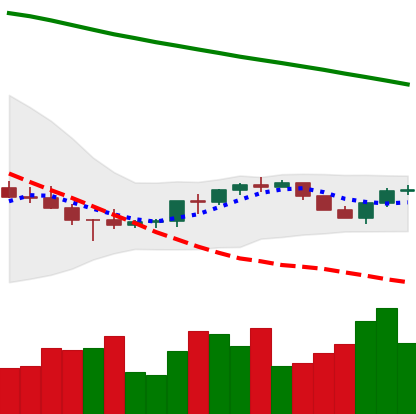
Ticker: BNB-USD
Chart end date: 2022-07-15
Forward return: 8.285%
Label: up_7plus